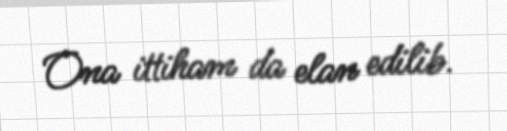
Ona ittiham da elan edilib.